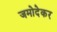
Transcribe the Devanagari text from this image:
जमोदेकर